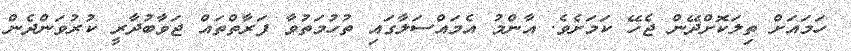
ހަމައަށް ތިލަކޮށްދޭން ޖެހޭ ކަމަށެވެ. އާންމު އެމައްސަލާގައި ތުހުމަތުވާ ފަރާތްތައް ޖަވާބުދާރީ ކުރުވަންދެން